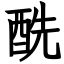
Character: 酰